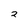
Character: 2